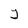
Character: Y